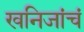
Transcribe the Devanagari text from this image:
खनिजांचं